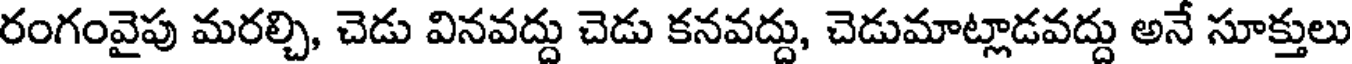
రంగంవైపు మరల్చి, చెడు వినవద్దు చెడు కనవద్దు, చెడుమాట్లాడవద్దు అనే సూక్తులు